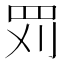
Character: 𱺹